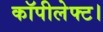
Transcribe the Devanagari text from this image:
कॉपीलेफ्ट।